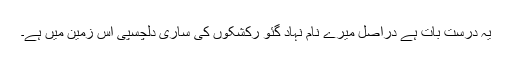
یہ درست بات ہے دراصل میرے نام نہاد گئو رکشکوں کی ساری دلچسپی اس زمین میں ہے۔